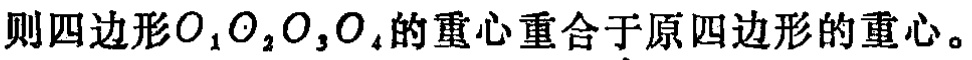
则四边形\(O_{1}O_{2}O_{3}O_{4}\)的重心重合于原四边形的重心。